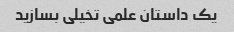
یک داستان علمی تخیلی بسازید